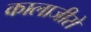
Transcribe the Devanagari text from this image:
कालाजीरो